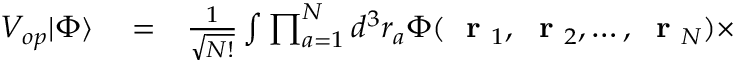
\begin{array} { r l r } { V _ { o p } | \Phi \rangle } & { { } = } & { \frac { 1 } { \sqrt { N ! } } \int \prod _ { a = 1 } ^ { N } d ^ { 3 } r _ { a } \Phi ( \mathrm { ~ \bf ~ r ~ } _ { 1 } , \mathrm { ~ \bf ~ r ~ } _ { 2 } , \dots , \mathrm { ~ \bf ~ r ~ } _ { N } ) \times } \end{array}